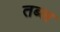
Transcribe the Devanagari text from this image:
तब्ल